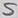
Text: S